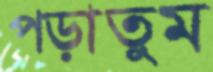
পড়াতুম